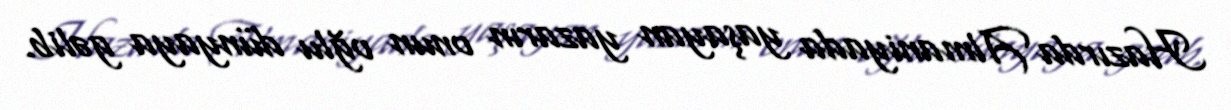
Hazırda Almaniyada yaşayan yazarın onun oğlu dünyaya gəlib.